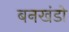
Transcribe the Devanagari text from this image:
बनखंडो